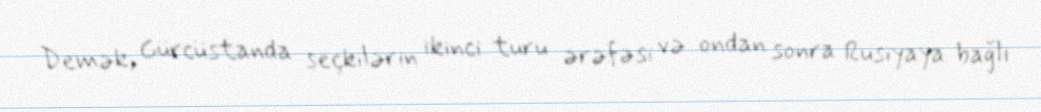
Demək, Gürcüstanda seçkilərin ikinci turu ərəfəsi və ondan sonra Rusiyaya bağlı